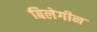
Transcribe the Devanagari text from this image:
बिलेगीन